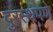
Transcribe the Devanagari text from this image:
दुरस्थपणे